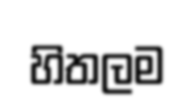
හිතලම